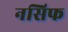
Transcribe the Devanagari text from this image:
नसिफ